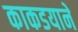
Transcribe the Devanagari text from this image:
काकडयाने